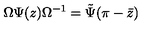
\Omega \Psi ( z ) \Omega ^ { - 1 } = \tilde { \Psi } ( \pi - \bar { z } )